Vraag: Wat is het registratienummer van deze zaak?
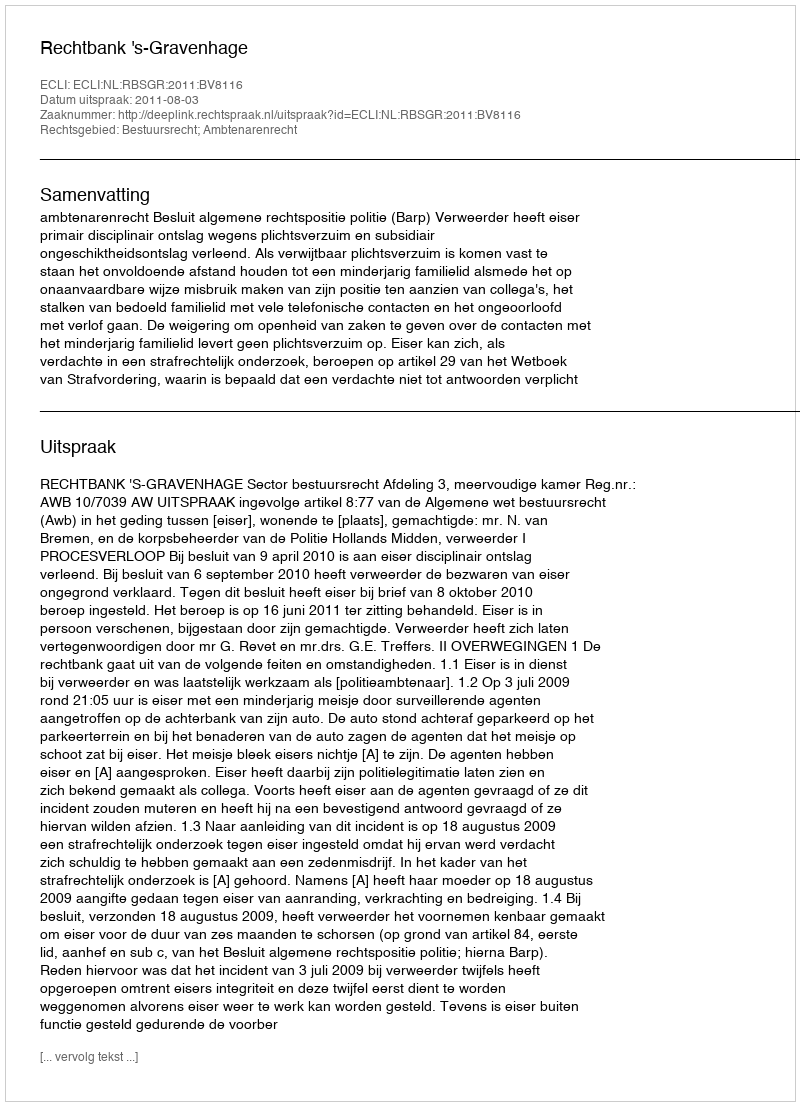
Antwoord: http://deeplink.rechtspraak.nl/uitspraak?id=ECLI:NL:RBSGR:2011:BV8116